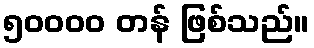
၅၀၀၀၀ တန် ဖြစ်သည်။